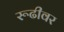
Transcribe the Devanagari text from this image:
रूढीवर